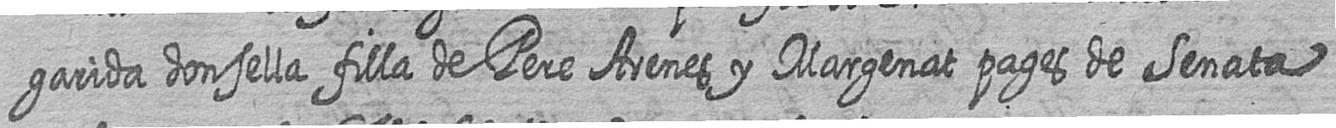
garida donsella filla de Pere Arenes y Margenat pages de Senata